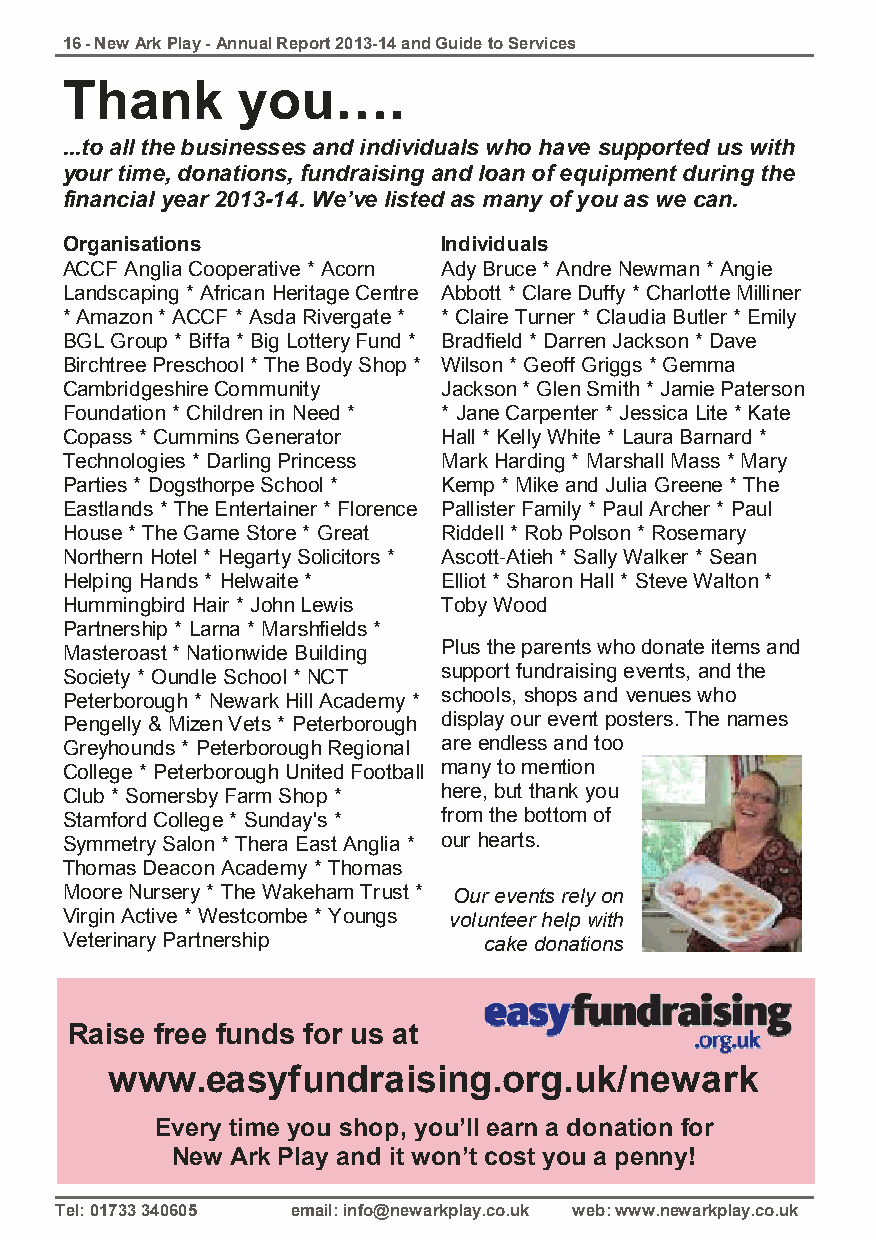
16 - New Ark Play - Annual Report 2013-14 and Guide to Services
 Thank       you….
 ...to all the businesses and individuals who have supported us with
 your time, donations, fundraising and loan of equipment during the
 financial year 2013-14. We’ve listed as many of you as we can.
 Organisations            Individuals
 ACCF Anglia Cooperative * Acorn Ady Bruce * Andre Newman * Angie
 Landscaping * African Heritage Centre Abbott * Clare Duffy * Charlotte Milliner
 * Amazon * ACCF * Asda Rivergate * * Claire Turner * Claudia Butler * Emily
 BGL Group * Biffa * Big Lottery Fund * Bradfield * Darren Jackson * Dave
 Birchtree Preschool * The Body Shop * Wilson * Geoff Griggs * Gemma
 Cambridgeshire Community Jackson * Glen Smith * Jamie Paterson
 Foundation * Children in Need * * Jane Carpenter * Jessica Lite * Kate
 Copass * Cummins Generator Hall * Kelly White * Laura Barnard *
 Technologies * Darling Princess Mark Harding * Marshall Mass * Mary
 Parties * Dogsthorpe School * Kemp * Mike and Julia Greene * The
 Eastlands * The Entertainer * Florence Pallister Family * Paul Archer * Paul
 House * The Game Store * Great Riddell * Rob Polson * Rosemary
 Northern Hotel * Hegarty Solicitors * Ascott-Atieh * Sally Walker * Sean
 Helping Hands * Helwaite * Elliot * Sharon Hall * Steve Walton *
 Hummingbird Hair * John Lewis Toby Wood
 Partnership * Larna * Marshfields *
 Masteroast * Nationwide Building Plus the parents who donate items and
 Society * Oundle School * NCT support fundraising events, and the
 Peterborough * Newark Hill Academy * schools, shops and venues who
 Pengelly & Mizen Vets * Peterborough display our event posters. The names
 Greyhounds * Peterborough Regional are endless and too
 College * Peterborough United Football many to mention
 Club * Somersby Farm Shop * here, but thank you
 Stamford College * Sunday's * from the bottom of
 Symmetry Salon * Thera East Anglia * our hearts.
 Thomas Deacon Academy * Thomas
 Moore Nursery * The Wakeham Trust * Our events rely on
 Virgin Active * Westcombe * Youngs volunteer help with
 Veterinary Partnership      cake donations
 Raise free funds for us at
 www.easyfundraising.org.uk/newark
 Every time you shop, you’ll earn a donation for
 New Ark Play and it won’t cost you a penny!
 Tel: 01733 340605 email: info@newarkplay.co.uk web: www.newarkplay.co.uk